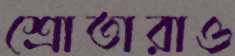
শ্রোতারাও